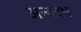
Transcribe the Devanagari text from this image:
अनारंभ